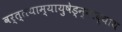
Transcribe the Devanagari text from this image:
वर्त्तयाम्यायुषेड्न्नाद्याय